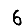
Digit: 6